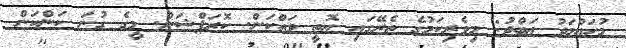
މުހައްމަދު ޢަބްދު: މިވެރިކަމުގެ ތެރޭގައި އޮތީ ވައްކަން. ކޮރަޕްޝަން. މީގެ ގުނަ ކަންކަން